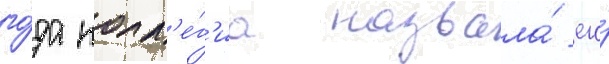
го́да колл'е́г'иа назвала́ его́